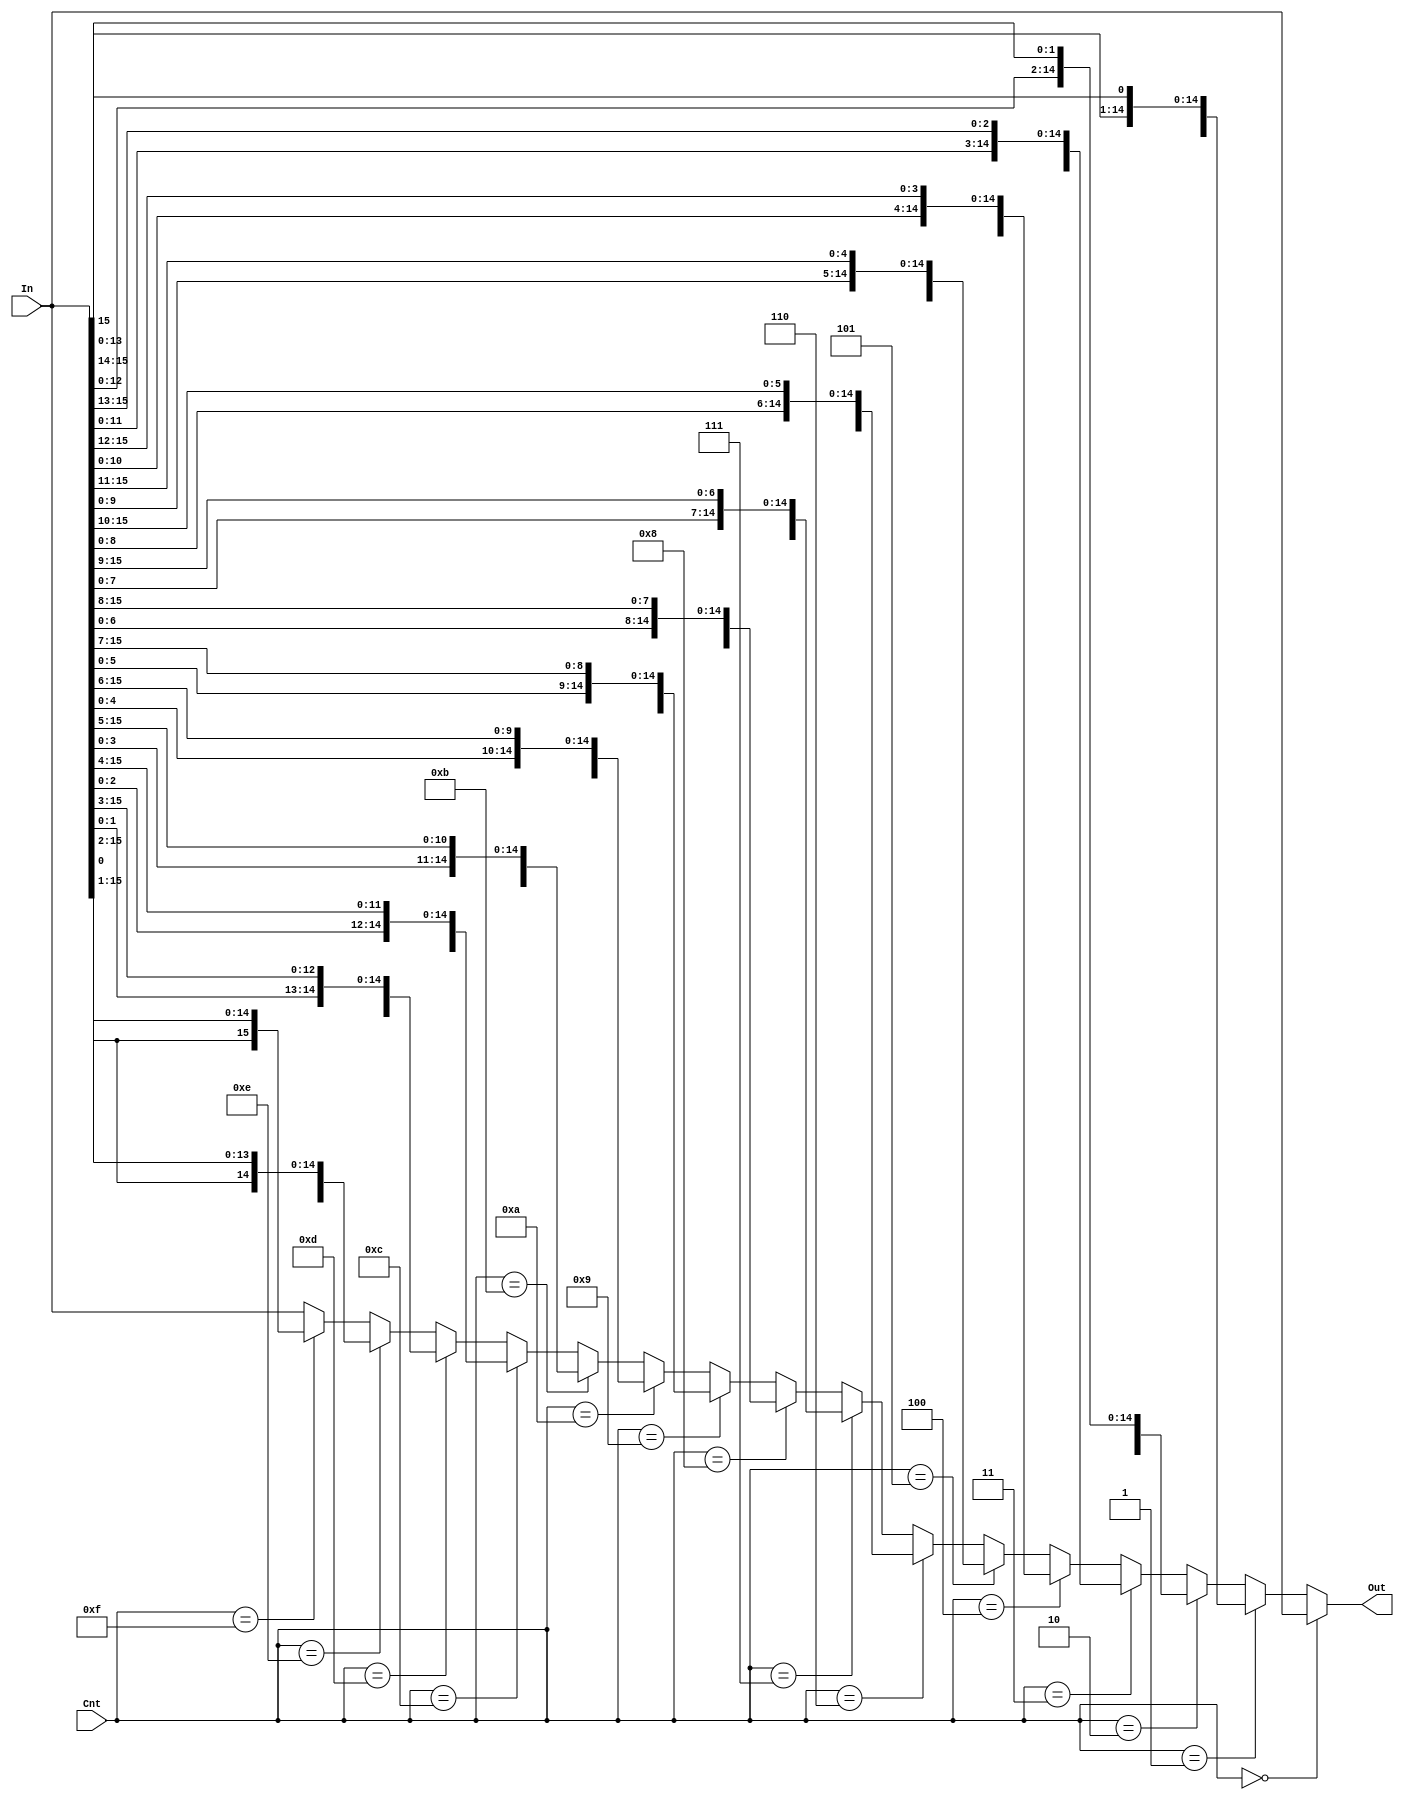
module left_rotator(In, Cnt, Out);
	
	input [15:0] In;
	input [3:0] Cnt;
	output [15:0] Out;
	
	wire [15:0] left_Rot;

	assign left_Rot = 	(Cnt == 4'd0)	?	In						:
						(Cnt == 4'd1)	?	{In[14:0], In[15]}		:
						(Cnt == 4'd2)	?	{In[13:0], In[15:14]}	:
						(Cnt == 4'd3)	?	{In[12:0], In[15:13]}	:
						(Cnt == 4'd4)	?	{In[11:0], In[15:12]}	:
						(Cnt == 4'd5)	?	{In[10:0], In[15:11]}	:
						(Cnt == 4'd6)	?	{In[9:0], In[15:10]}	:
						(Cnt == 4'd7)	?	{In[8:0], In[15:9]}		:
						(Cnt == 4'd8)	?	{In[7:0], In[15:8]}		:
						(Cnt == 4'd9)	?	{In[6:0], In[15:7]}		:
						(Cnt == 4'd10)	?	{In[5:0], In[15:6]}		:
						(Cnt == 4'd11)	?	{In[4:0], In[15:5]}		:
						(Cnt == 4'd12)	?	{In[3:0], In[15:4]}		:
						(Cnt == 4'd13)	?	{In[2:0], In[15:3]}		:
						(Cnt == 4'd14)	?	{In[1:0], In[15:2]}		:
						(Cnt == 4'd15)	?	{In[0], In[15:1]}		:
						In;

	assign Out = left_Rot;

endmodule